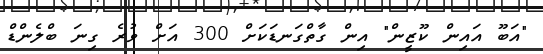
"އަބޫ އައިން ކޫޒީން" އިން ގާތްގަނޑަކަށް 300 އަށް ވުރެ ގިނަ ބްލެންޑް